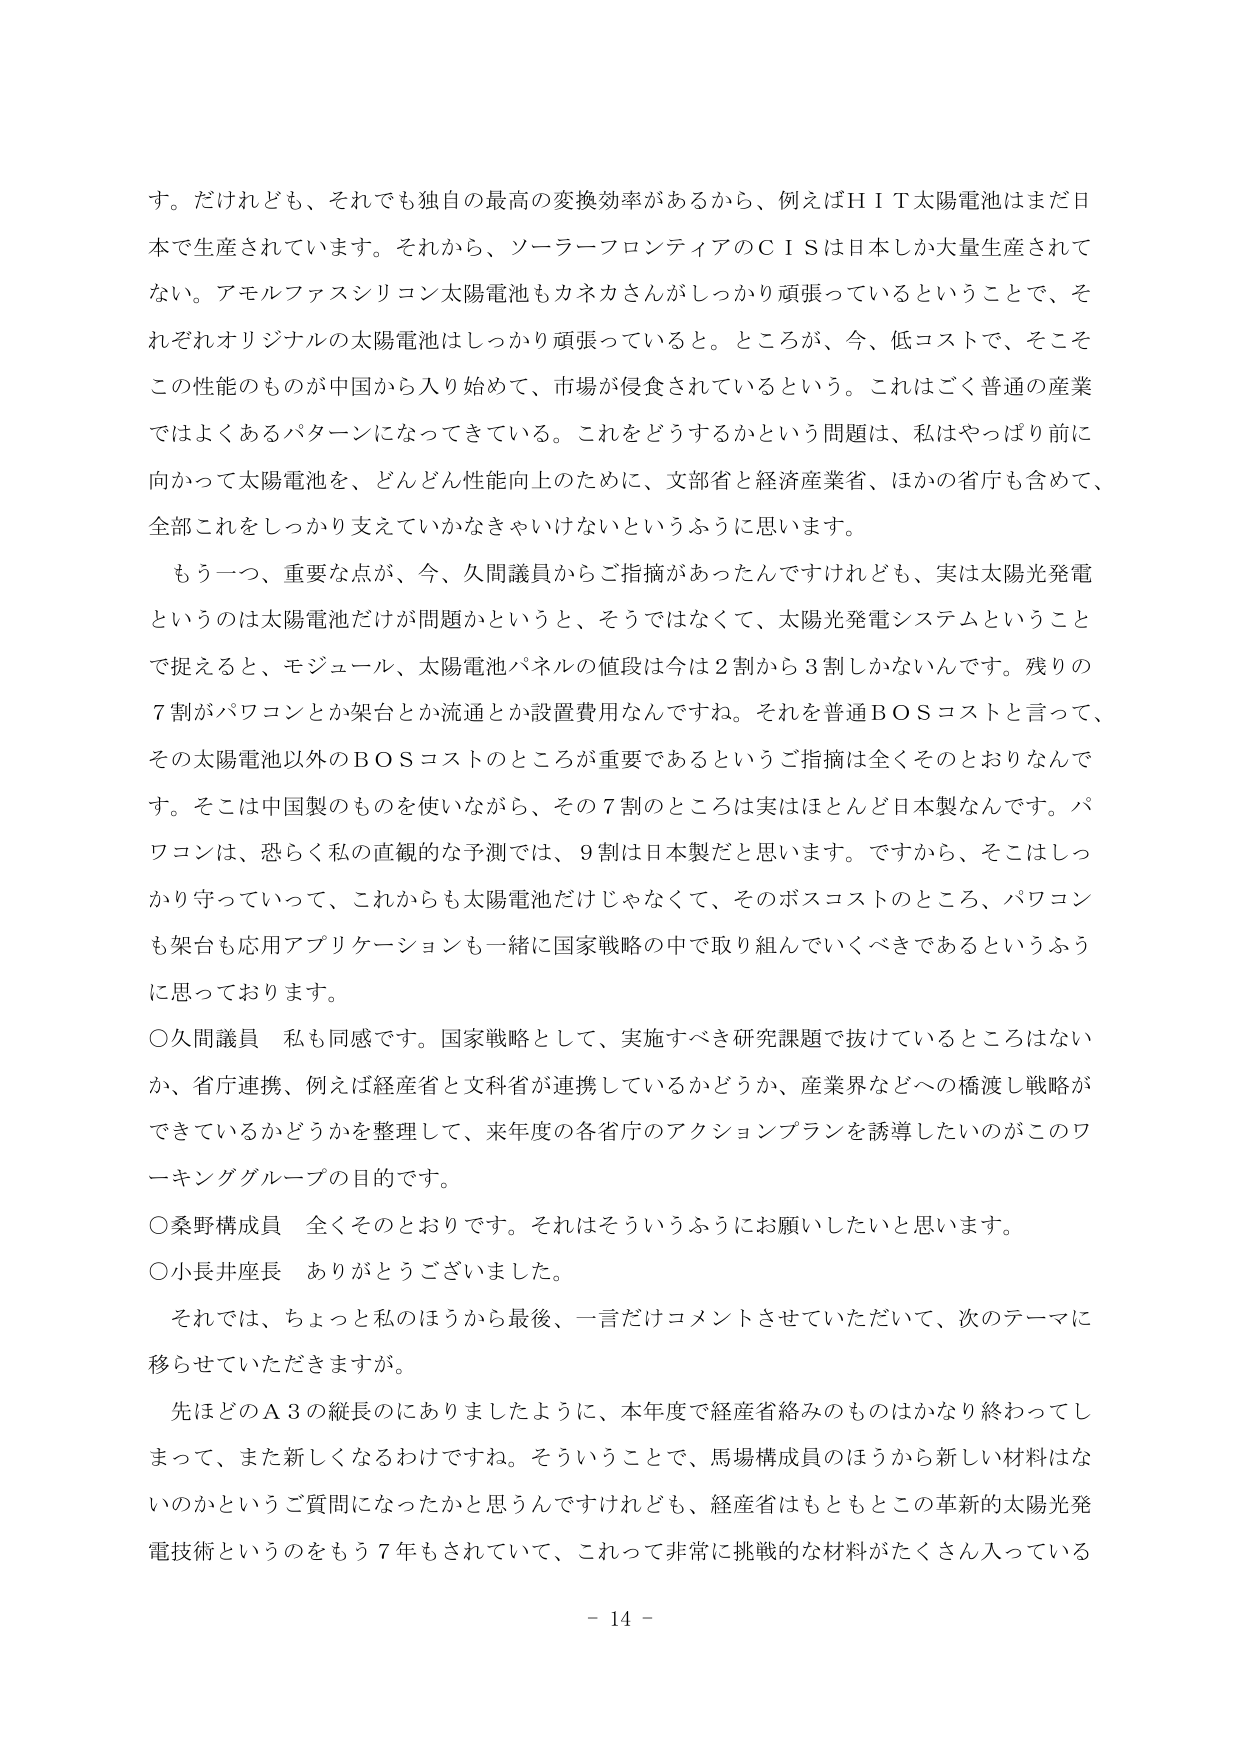
す。だけれども、それでも独自の最高の変換効率があるから、例えばＨＩＴ太陽電池はまだ日本で生産されています。それから、ソーラーフロンティアのＣＩＳは日本しか大量生産されてない。アモルファスシリコン太陽電池もカネカさんがしっかり頑張っているということで、それぞれオリジナルの太陽電池はしっかり頑張っていると。ところが、今、低コストで、そこそこの性能のものが中国から入り始めて、市場が侵食されているという。これはごく普通の産業ではよくあるパターンになってきている。これをどうするかという問題は、私はやっぱり前に向かって太陽電池を、どんどん性能向上のために、文部省と経済産業省、ほかの省庁も含めて、全部これをしっかり支えていかなきゃいけないというふうに思います。

もう一つ、重要な点が、今、久間議員からご指摘があったんですけれども、実は太陽光発電というのは太陽電池だけが問題かというと、そうではなくて、太陽光発電システムということで捉えると、モジュール、太陽電池パネルの値段は今は２割から３割しかないんです。残りの７割がパワコンとか架台とか流通とか設置費用なんですね。それを普通ＢＯＳコストと言って、その太陽電池以外のＢＯＳコストのところが重要であるというご指摘は全くそのとおりなんです。そこは中国製のものを使いながら、その７割のところは実はほとんど日本製なんです。パワコンは、恐らく私の直観的な予測では、９割は日本製だと思います。ですから、そこはしっかり守っていって、これからも太陽電池だけじゃなくて、そのボスコストのところ、パワコンも架台も応用アプリケーションも一緒に国家戦略の中で取り組んでいくべきであるというふうに思っております。

○久間議員　私も同感です。国家戦略として、実施すべき研究課題で抜けているところはないか、省庁連携、例えば経産省と文科省が連携しているかどうか、産業界などへの橋渡し戦略ができているかどうかを整理して、来年度の各省庁のアクションプランを誘導したいのがこのワーキンググループの目的です。

○桑野構成員　全くそのとおりです。それはそういうふうにお願いしたいと思います。

○小長井座長　ありがとうございました。

それでは、ちょっと私のほうから最後、一言だけコメントさせていただいて、次のテーマに移らせていただきますが。

先ほどのＡ３の縦長のにありましたように、本年度で経産省絡みのものはかなり終わってしまって、また新しくなるわけですね。そういうことで、馬場構成員のほうから新しい材料はないのかというご質問になったかと思うんですけれども、経産省はもともとこの革新的太陽光発電技術というのをもう７年もされていて、これって非常に挑戦的な材料がたくさん入っている

－ 14 －